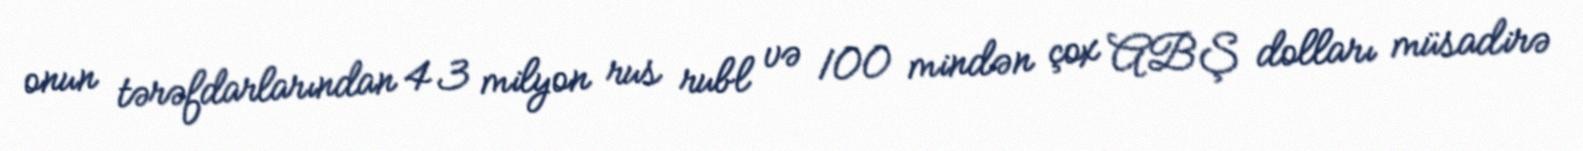
onun tərəfdarlarından 43 milyon rus rubl və 100 mindən çox ABŞ dolları müsadirə